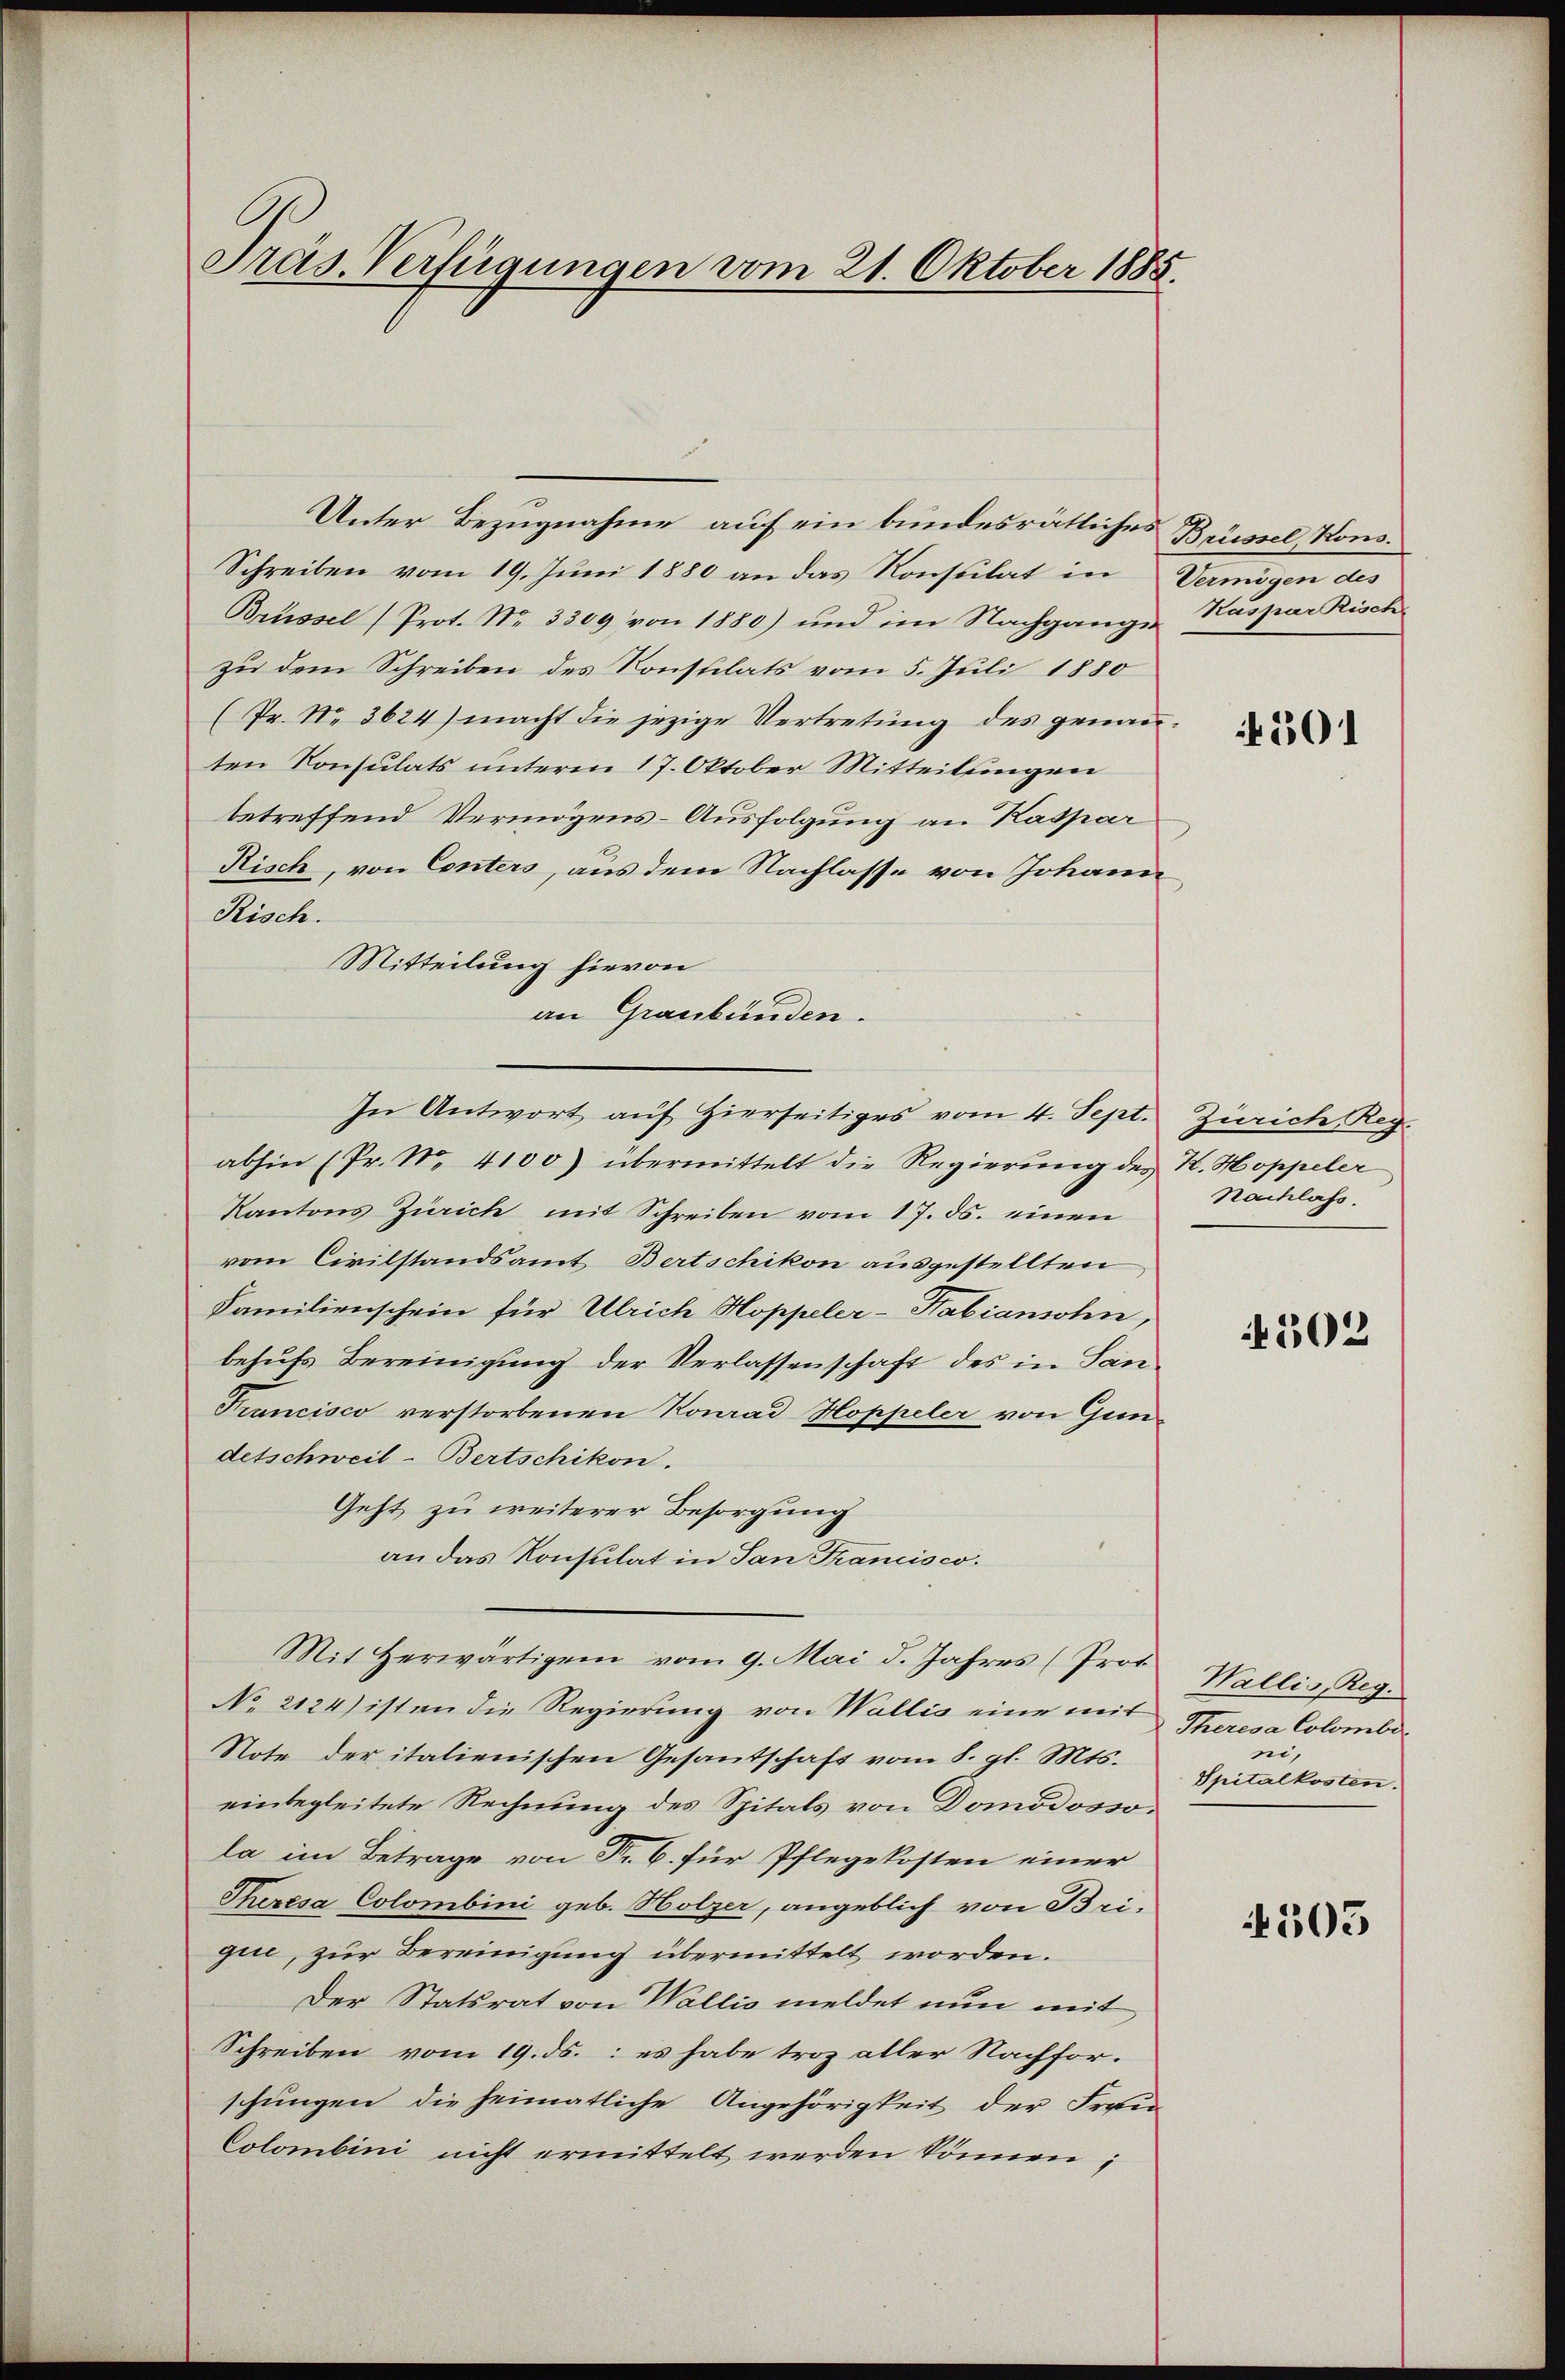
Präs. Verfügungen vom 21. Oktober 1885.

3
Unter Bezugnahme auf ein bundesrätliches
Schreiben vom 19. Juni 1880 an das Konsulat in
Brüssel (Prot. Nr. 3309 von 1880) und im Nachgange Kaspar Risch
zu dem Schreiben des Konstilats vom 5. Juli 1880
(Pr. No. 3624) macht die jezige Vertretung des genau
ten Konsulats unterm 17. Oktober Mitteilungen
betreffend Vermögens-Ausfolgung an Kaspar
Risch, von Conters, aus dem Nachlasse von Johann
Risch.
Mitteilung hievon
an Graubünden.
In Antwort auf Hierseitiges vom 4. Sept.
abhin (Pr. No. 4100) übermittelt die Regierung des K. Hoppeler
Kantons Zürich mit Schreiben vom 17. ds. einen
vom Civilstandsamt Bertschikon ausgestellten
Familienschein für Ulrich Hoppeler-Habiansohn,
behufs Bereinigung der Verlassenschaft des in San¬
Francisco verstorbenen Konrad Hoppeler von Gundetschweil-Bertschikon.
Geht zu weiterer Besorgung
an das Konsulat in San Francisco.
Mit Herwärtigen vom 9. Mai d. Jahres (Prot
No. 2124) ist an die Regierung von Wallis eine mit
Note der italienischen Gesandschaft vom 8. gl. Mts.
einbegleitete Rechnung des Spitals von Domodossola im Betrage von Fr. 6. für Pflegekosten einer
Theresa Colombini geb. Holzer, angeblich von Brigii, zur Bereinigung übermittelt worden.
Der Statsrat von Wallis meldet nun mit
Schreiben vom 19. ds.: es habe troz aller Nachforschungen die heimatliche Angehörigkeit der Frau
Colombini nicht ermittelt werden können;

Brüssel, Kons.
Vermögen des

4501

Zürich, Reg.
Nachlass.

502

Wallis, Reg.
Theresa Colomber
ni,
Spitalkosten.

1505